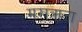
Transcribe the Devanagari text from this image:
मखत्राता